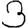
Digit: 3